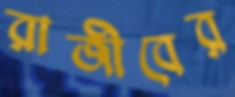
রাজীবের